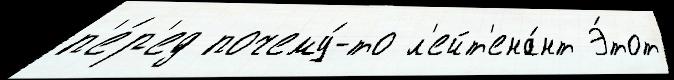
п'е́р'ед почему́-то л'ейт'ена́нт Э́тот